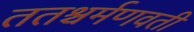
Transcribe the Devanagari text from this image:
ततश्चर्मणवती